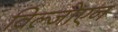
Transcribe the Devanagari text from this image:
विल्जोएन